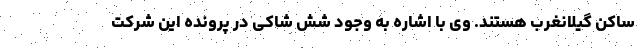
ساکن گیلانغرب هستند. وی با اشاره به وجود شش شاکی در پرونده این شرکت